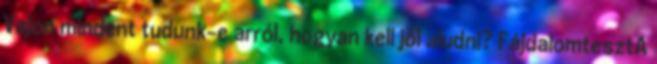
Vajon mindent tudunk-e arról, hogyan kell jól aludni? FájdalomtesztA